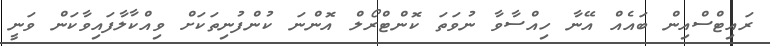
ރައިޓްސްއިން ބައެއް އޭނާ ހިއްސާވާ ނުވަތަ ކޮންޓްރޯލް އޮންނަ ކުންފުނިތަކަށް ވިއްކާލާފައިވާކަން ވަނީ